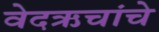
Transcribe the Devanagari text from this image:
वेदऋचांचे